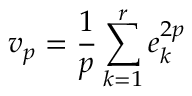
v _ { p } = \frac { 1 } { p } \sum _ { k = 1 } ^ { r } e _ { k } ^ { 2 p }